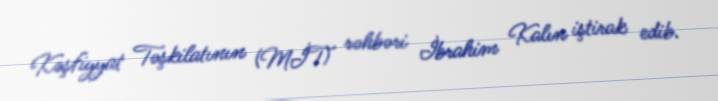
Kəşfiyyat Təşkilatının (MİT) rəhbəri İbrahim Kalın iştirak edib.